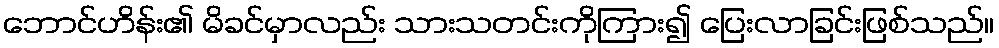
ဘောင်ဟိန်း၏ မိခင်မှာလည်း သားသတင်းကိုကြား၍ ပြေးလာခြင်းဖြစ်သည်။